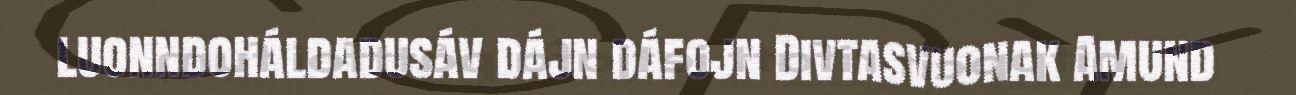
luonndoháldadusáv dájn dáfojn Divtasvuonak Amund